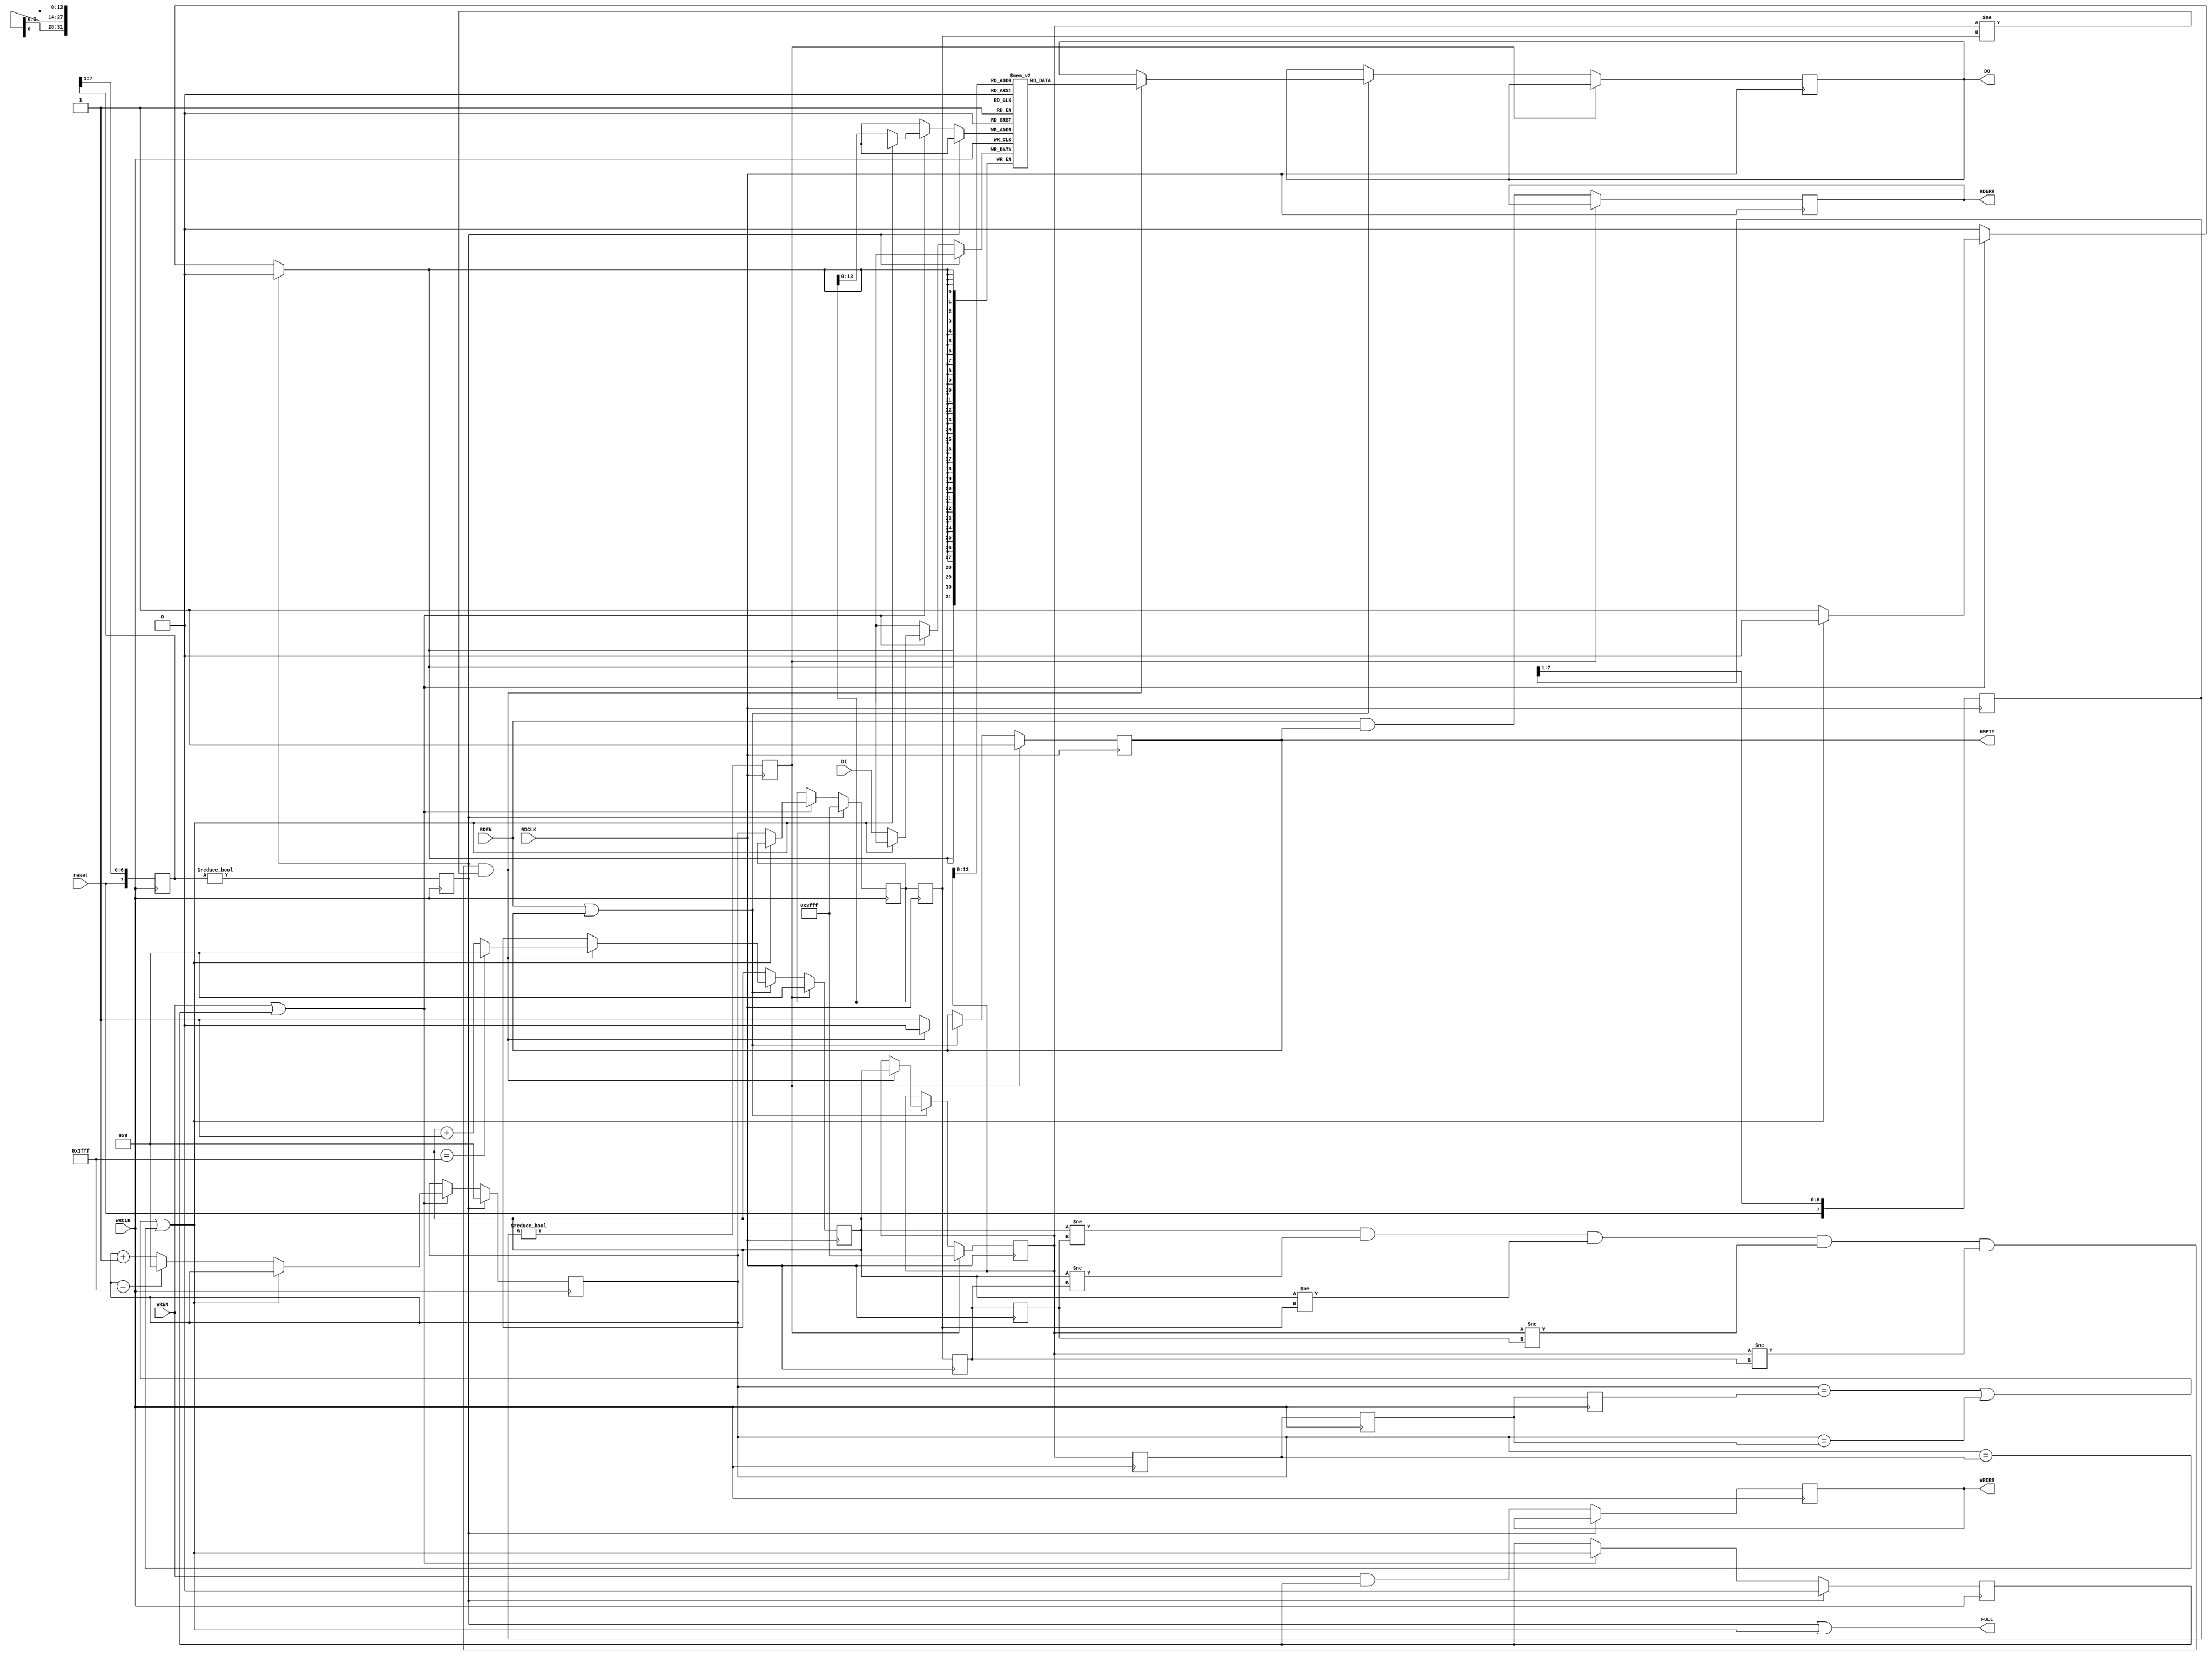
module bram_fifo # (
      	parameter BRAM_N = 32		// Number of BRAM blocks; 32 available on LX16
    ) (
	input reset,			// reset
	// FIFO protocol equal to FWFT FIFO in "7 Series Memory Resources" user guide (ug743)
	// input fifo interface
        input [31:0] DI,                // must be hold while FULL is asserted
        output FULL,                    // 1-bit output: Full flag
        output reg WRERR,               // 1-bit output: Write error
        input WRCLK,                    // 1-bit input: Rising edge write clock.
        input WREN,                     // 1-bit input: Write enable

	// output fifo interface
	output reg [31:0] DO,
	output reg EMPTY,               // 1-bit output: Empty flag, can be used as data valid indicator
        output reg RDERR,               // 1-bit output: Read error
        input RDCLK,                    // 1-bit input: Read clock
        input RDEN                      // 1-bit input: Read enable
    );
        
    localparam ADDR_WIDTH = 15;		
    localparam ADDR_MAX = 512*BRAM_N-1;
    
    reg [31:0] BRAM[0:ADDR_MAX];
    
    // DRAM controller: writing
    reg reset_wr, WREN_BUF;
    reg [7:0] reset_wr_buf = 8'd0;
    reg [ADDR_WIDTH-1:0] WR_ADDR, WR_ADDR_NEXT, RD_ADDR_WR1, RD_ADDR_WR2, RD_ADDR_WR3;

    // DRAM controller: reading
    reg reset_rd;
    reg [7:0] reset_rd_buf = 8'd0;
    reg [ADDR_WIDTH-1:0] RD_ADDR, RD_ADDR_NEXT, WR_ADDR_RD1, WR_ADDR_RD2, WR_ADDR_RD3;

    assign FULL = reset_wr || FULL2;
    wire FULL2 = (WR_ADDR_NEXT==RD_ADDR_WR3) || (WR_ADDR_NEXT==RD_ADDR_WR2) || (WR_ADDR_NEXT==RD_ADDR_WR1);
    
    always @ (posedge WRCLK)
    begin
        RD_ADDR_WR1 <= RD_ADDR;
        RD_ADDR_WR2 <= RD_ADDR_WR1;
        RD_ADDR_WR3 <= RD_ADDR_WR2;
	
	reset_wr_buf <= { reset, reset_wr_buf[7:1] };
	reset_wr <= reset_wr_buf != 8'd0;
	
	if ( reset_wr )
	begin
	    WR_ADDR <= ADDR_MAX;
	    WR_ADDR_NEXT <= { (ADDR_WIDTH){1'b0} };
	    WREN_BUF <= 1'b0;
	end else
	begin
	    if ( WREN || WREN_BUF ) 		// process data
	    begin
		if ( ! FULL2 ) 
		begin
		    BRAM[WR_ADDR] <= DI;
		    WR_ADDR <= WR_ADDR_NEXT;
		    WR_ADDR_NEXT <= WR_ADDR_NEXT == ADDR_MAX ? { ADDR_WIDTH{1'b0} } : WR_ADDR_NEXT + 1;
		end
		WREN_BUF <= FULL2;
	    end
	    WRERR <= WREN && WREN_BUF;
	end
    end


    always @ (posedge RDCLK)
    begin
        WR_ADDR_RD1 <= WR_ADDR;
        WR_ADDR_RD2 <= WR_ADDR_RD1;
        WR_ADDR_RD3 <= WR_ADDR_RD2;
    
	reset_rd_buf <= { reset, reset_rd_buf[7:1] };
	reset_rd <= reset_rd_buf != 8'd0;
	
	if ( reset_rd )
	begin
	    RD_ADDR <= ADDR_MAX;
	    RD_ADDR_NEXT <= { (ADDR_WIDTH){1'b0} };
	    EMPTY <= 1'b1;
	end else
	begin
	    RDERR <= RDEN && EMPTY;
	    
	    if ( RDEN || EMPTY )
	    begin
		if ( (RD_ADDR_NEXT!=WR_ADDR_RD3) && (RD_ADDR_NEXT!=WR_ADDR_RD2) && (RD_ADDR_NEXT!=WR_ADDR_RD1) && (RD_ADDR!=WR_ADDR_RD3) && (RD_ADDR!=WR_ADDR_RD2) && (RD_ADDR!=WR_ADDR_RD1) ) 
		begin
		    EMPTY <= 1'b0;
    		    DO <= BRAM[RD_ADDR];
//		    DO <= { BRAM[RD_ADDR][23:0], RD_ADDR[7:0] };
		    RD_ADDR <= RD_ADDR_NEXT;
		    RD_ADDR_NEXT <= RD_ADDR_NEXT == ADDR_MAX ? { ADDR_WIDTH{1'b0} } : RD_ADDR_NEXT + 1;
		end else
		begin
		    EMPTY <= 1'b1;
		end
	    end
	end
    end

endmodule